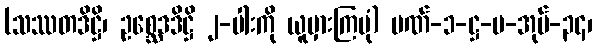
(သဿတဒိဋ္ဌိ၊ ဥစ္ဆေဒဒိဋ္ဌိ ၂-ပါးကို ယူမှားကြပုံ) ပဏ်-၁-ဋ္ဌ-ပ-အုပ်-၃၄၊